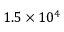
1 . 5 \times 1 0 ^ { 4 }